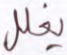
يغلل